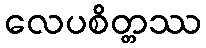
လေပစိတ္တဿ